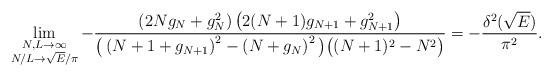
LaTeX: \begin{align*} \lim_{\substack{N,L\to\infty\\ N/L\to \sqrt E/ \pi}} -\frac{\left(2N g_N + g_N^2\right)\left(2(N+1) g_{N+1}+ g_{N+1}^2\right)} {\big( \left(N+1 +g_{N+1}\right)^2- \left(N +g_N\right)^2\big) \big((N+1)^2-N^2\big)} = -\frac{\delta^2(\sqrt E)}{\pi^2}. \end{align*}